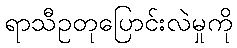
ရာသီဥတုပြောင်းလဲမှုကို